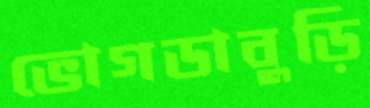
ভোগডাবুড়ি